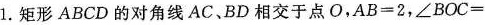
1.矩形ABCD的对角线AC、BD相交于点O，AB=2，∠BOC=